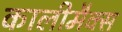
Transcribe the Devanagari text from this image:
कालीमैक्स